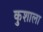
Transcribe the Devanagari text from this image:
कुशाला